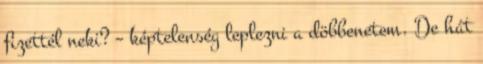
fizettél neki? – képtelenség leplezni a döbbenetem. De hát